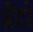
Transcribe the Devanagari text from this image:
ब्रेंटो